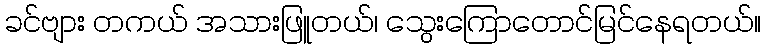
ခင်ဗျား တကယ် အသားဖြူတယ်၊ သွေးကြောတောင်မြင်နေရတယ်။